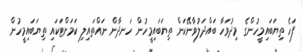
ފަހެ ތިޔަބައިމީހުންގެ މިދުވަހާ ބައްދަލުވާނޭކަން ތިޔަބައިމީހުން ހަނދާން ނައްތައިލި ކަމަށްޓަކައި ތިޔަބައިމީހުން